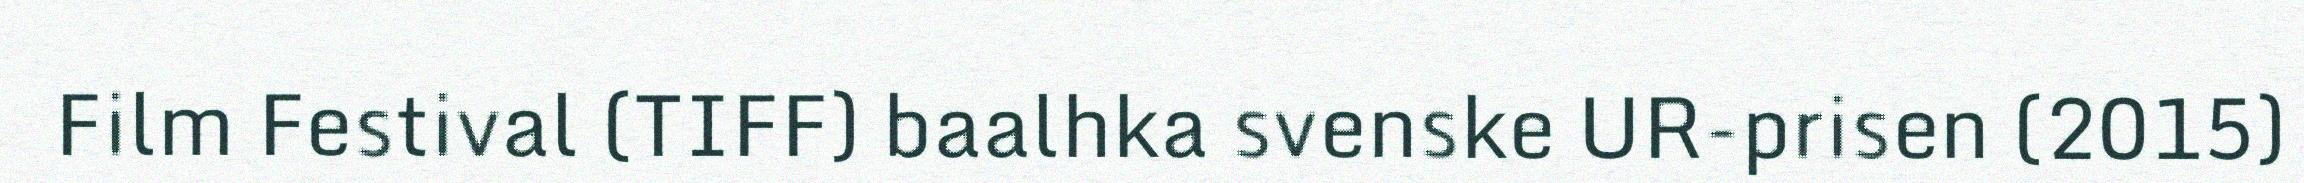
Film Festival (TIFF) baalhka svenske UR-prisen (2015)